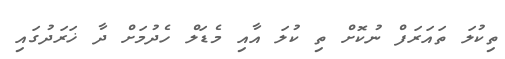
ތިކުލަ ތައަރަފް ނުކޮށް ތި ކުލަ އާއި މެޑަލް ހެދުމަށް ދާ ޚަރަދުގައި